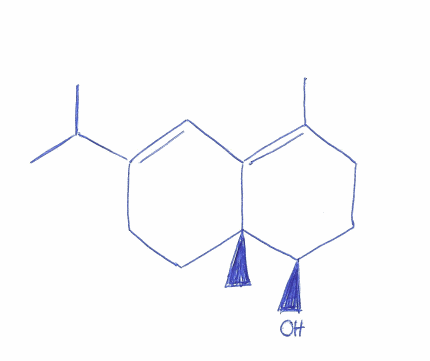
Simplified molecular-input line-entry system (SMILES) notation of the given molecule:
CC1=C2C=C(CC[C@]2([C@@H](CC1)O)C)C(C)C